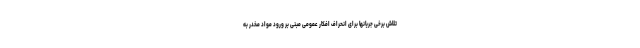
تلاش برخی جریانها برای انحراف افکار عمومی مبنی بر ورود مواد مخدر به